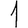
Digit: 1